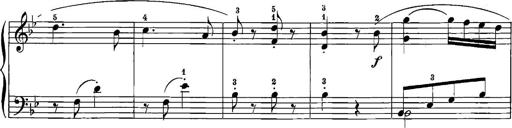
Title: 12 Sonatinas
Composer: Ignaz Pleyel